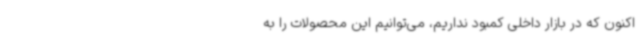
اکنون که در بازار داخلی کمبود نداریم، می‌توانیم این محصولات را به